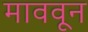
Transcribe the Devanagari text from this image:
माववून